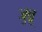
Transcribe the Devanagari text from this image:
जुन्नू